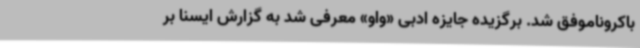
باکروناموفق شد. برگزیده جایزه ادبی «واو» معرفی شد به گزارش ایسنا بر